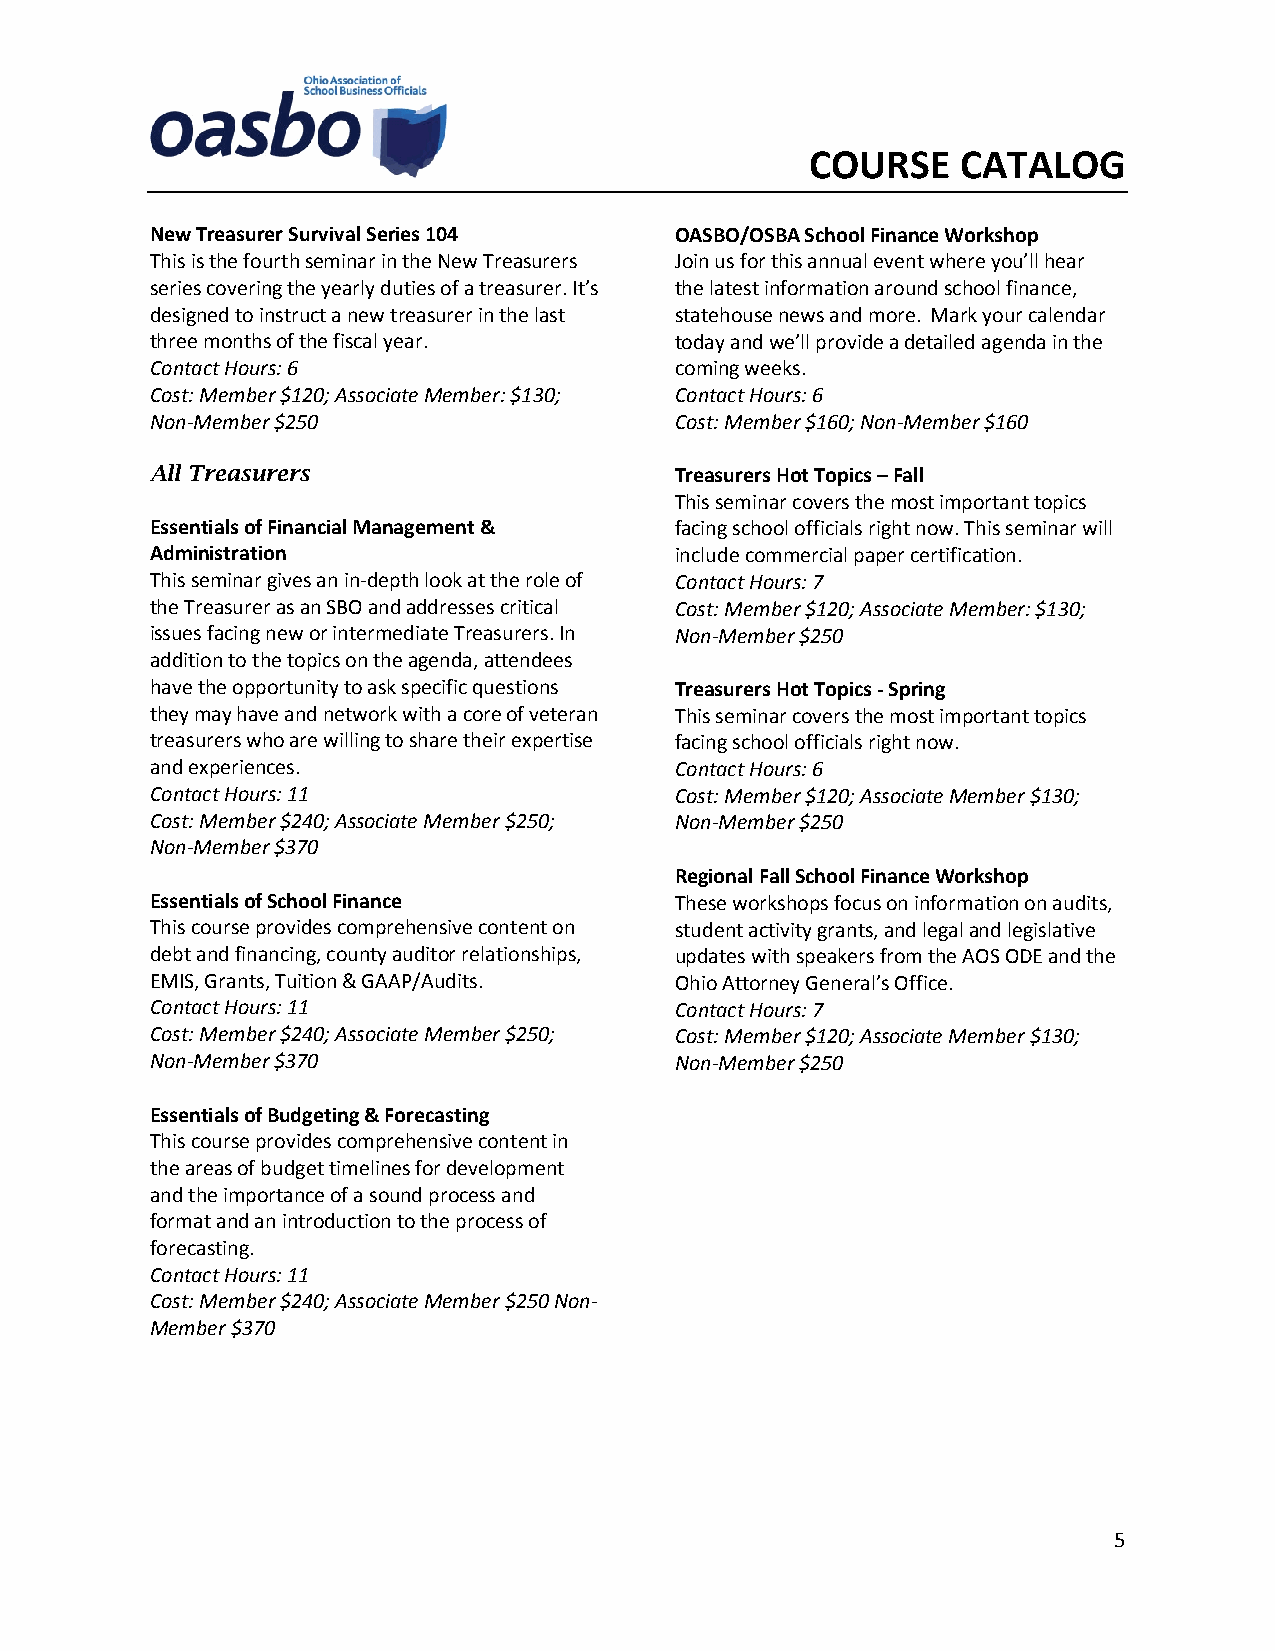
COURSE    CATALOG
 New Treasurer Survival Series 104  OASBO/OSBA School Finance Workshop
 This is the fourth seminar in the New Treasurers Join us for this annual event where you’ll hear
 series covering the yearly duties of a treasurer. It’s the latest information around school finance,
 designed to instruct a new treasurer in the last statehouse news and more. Mark your calendar
 three months of the fiscal year.   today and we’ll provide a detailed agenda in the
 Contact Hours: 6                   coming weeks.
 Cost: Member $120; Associate Member: $130; Contact Hours: 6
 Non-Member $250                    Cost: Member $160; Non-Member $160
 All Treasurers                     Treasurers Hot Topics – Fall
 This seminar covers the most important topics
 Essentials of Financial Management & facing school officials right now. This seminar will
 Administration                     include commercial paper certification.
 This seminar gives an in-depth look at the role of Contact Hours: 7
 the Treasurer as an SBO and addresses critical Cost: Member $120; Associate Member: $130;
 issues facing new or intermediate Treasurers. In Non-Member $250
 addition to the topics on the agenda, attendees
 have the opportunity to ask specific questions Treasurers Hot Topics - Spring
 they may have and network with a core of veteran This seminar covers the most important topics
 treasurers who are willing to share their expertise facing school officials right now.
 and experiences.                   Contact Hours: 6
 Contact Hours: 11                  Cost: Member $120; Associate Member $130;
 Cost: Member $240; Associate Member $250; Non-Member $250
 Non-Member $370
 Regional Fall School Finance Workshop
 Essentials of School Finance       These workshops focus on information on audits,
 This course provides comprehensive content on student activity grants, and legal and legislative
 debt and financing, county auditor relationships, updates with speakers from the AOS ODE and the
 EMIS, Grants, Tuition & GAAP/Audits. Ohio Attorney General’s Office.
 Contact Hours: 11                  Contact Hours: 7
 Cost: Member $240; Associate Member $250; Cost: Member $120; Associate Member $130;
 Non-Member $370                    Non-Member $250
 Essentials of Budgeting & Forecasting
 This course provides comprehensive content in
 the areas of budget timelines for development
 and the importance of a sound process and
 format and an introduction to the process of
 forecasting.
 Contact Hours: 11
 Cost: Member $240; Associate Member $250 Non-
 Member $370
 5